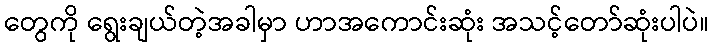
တွေကို ရွေးချယ်တဲ့အခါမှာ ဟာအကောင်းဆုံး အသင့်တော်ဆုံးပါပဲ။